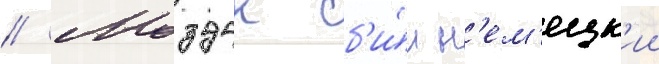
// Моздок сб'и́л н'ем'ецк'ии